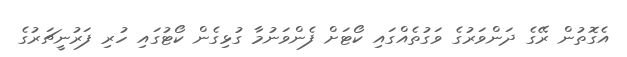
އެގޮތުން ރޭގެ ދަންވަރުގެ ވަގުތެއްގައި ކޯޓަށް ފެންވަނުމާ ގުޅިގެން ކޯޓުގައި ހުރި ފަރުނީޗަރުގެ